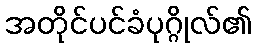
အတိုင်ပင်ခံပုဂ္ဂိုလ်၏